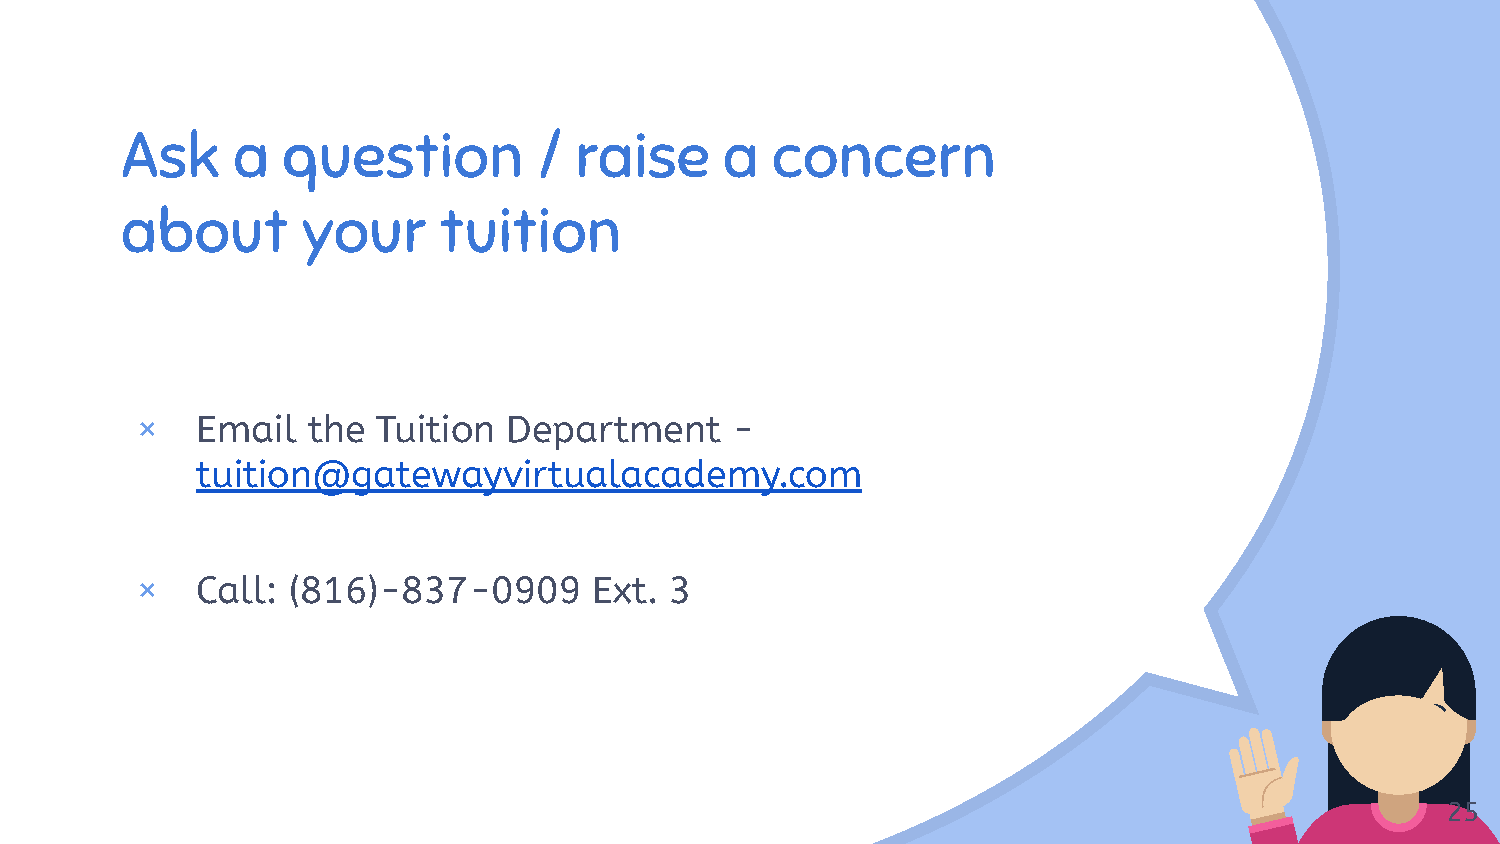
Ask    a   question         / raise     a  concern
 “
 about       your     tuition
 ×   Email  the  Tuition  Department    -
 tuition@gatewayvirtualacademy.com
 ×   Call: (816)-837-0909      Ext. 3
 25